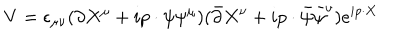
LaTeX: V = \epsilon _ { \mu \nu } ( \partial X ^ { \mu } + i p \cdot \psi \psi ^ { \mu } ) ( \bar { \partial } X ^ { \nu } + i p \cdot \bar { \psi } \bar { \psi } ^ { \nu } ) e ^ { i p \cdot X }